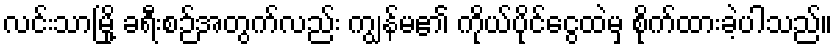
လင်းသာမြို့ ခရီးစဉ်အတွက်လည်း ကျွန်မ၏ ကိုယ်ပိုင်ငွေထဲမှ စိုက်ထားခဲ့ပါသည်။